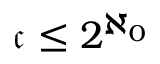
{ \mathfrak { c } } \leq 2 ^ { \aleph _ { 0 } }